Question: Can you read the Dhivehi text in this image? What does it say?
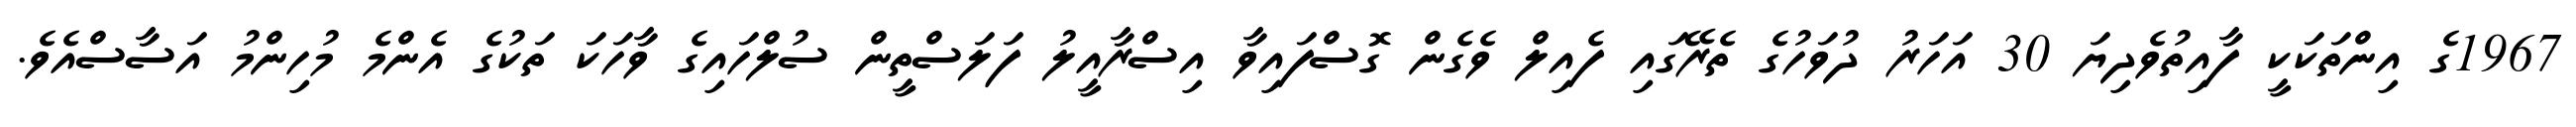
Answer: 1967ގެ އިންތަކަކީ ފާއިތުވެދިޔަ 30 އަހަރު ދުވަހުގެ ތެރޭގައި ފެއިލް ވެގެން ގޮސްފައިވާ އިސްރާއީލު ފަލަސްތީން ސުލްހައިގެ ވާހަކަ ތަކުގެ އެންމެ މުހިންމު އަސާސްއެވެ.